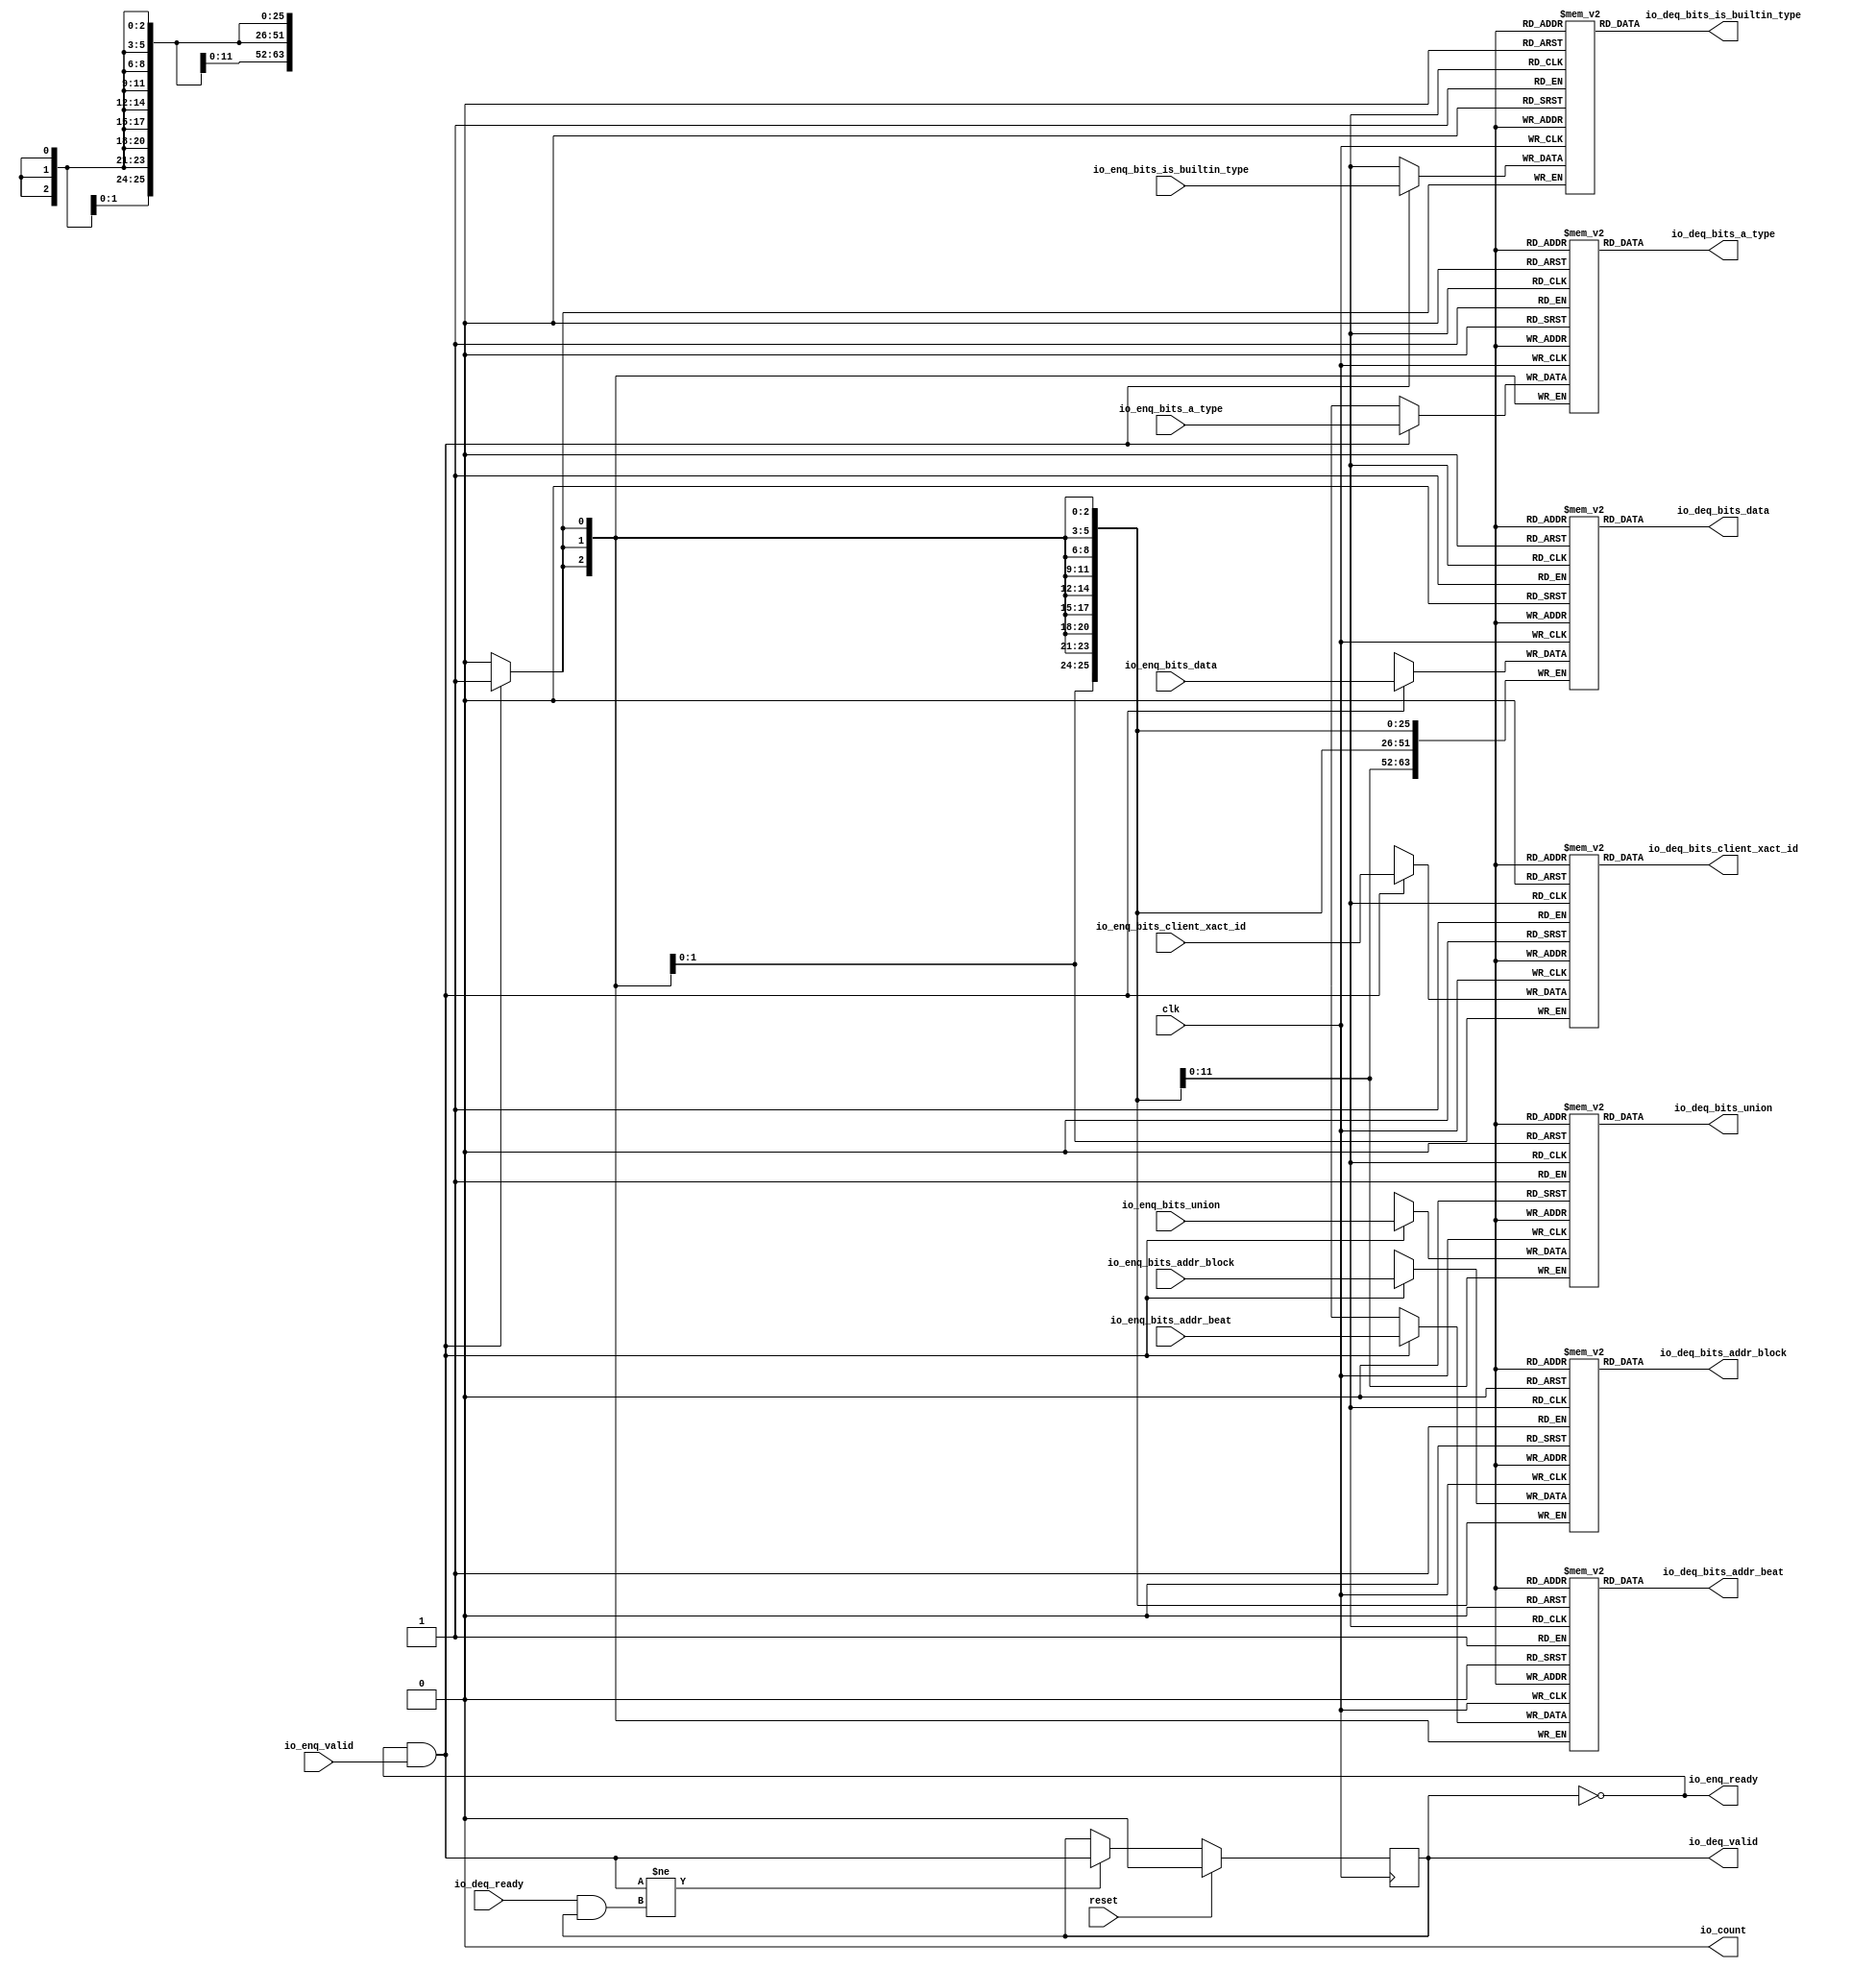
module PROC_SUBSYSTEM_CORERISCV_AXI4_0_CORERISCV_AXI4_QUEUE_8(
  input   clk,
  input   reset,
  output  io_enq_ready,
  input   io_enq_valid,
  input  [25:0] io_enq_bits_addr_block,
  input  [1:0] io_enq_bits_client_xact_id,
  input  [2:0] io_enq_bits_addr_beat,
  input   io_enq_bits_is_builtin_type,
  input  [2:0] io_enq_bits_a_type,
  input  [11:0] io_enq_bits_union,
  input  [63:0] io_enq_bits_data,
  input   io_deq_ready,
  output  io_deq_valid,
  output [25:0] io_deq_bits_addr_block,
  output [1:0] io_deq_bits_client_xact_id,
  output [2:0] io_deq_bits_addr_beat,
  output  io_deq_bits_is_builtin_type,
  output [2:0] io_deq_bits_a_type,
  output [11:0] io_deq_bits_union,
  output [63:0] io_deq_bits_data,
  output  io_count
);
  `ifdef USE_REGISTERS
    reg [25:0] ram_addr_block [0:0] /* synthesis syn_ramstyle = "registers" */;
  `else
    reg [25:0] ram_addr_block [0:0];
  `endif
  reg [31:0] GEN_0;
  wire [25:0] ram_addr_block_T_254_data;
  wire  ram_addr_block_T_254_addr;
  wire  ram_addr_block_T_254_en;
  wire [25:0] ram_addr_block_T_224_data;
  wire  ram_addr_block_T_224_addr;
  wire  ram_addr_block_T_224_mask;
  wire  ram_addr_block_T_224_en;
  `ifdef USE_REGISTERS
    reg [1:0] ram_client_xact_id [0:0] /* synthesis syn_ramstyle = "registers" */;
  `else
    reg [1:0] ram_client_xact_id [0:0];
  `endif
  reg [31:0] GEN_1;
  wire [1:0] ram_client_xact_id_T_254_data;
  wire  ram_client_xact_id_T_254_addr;
  wire  ram_client_xact_id_T_254_en;
  wire [1:0] ram_client_xact_id_T_224_data;
  wire  ram_client_xact_id_T_224_addr;
  wire  ram_client_xact_id_T_224_mask;
  wire  ram_client_xact_id_T_224_en;
  `ifdef USE_REGISTERS
    reg [2:0] ram_addr_beat [0:0] /* synthesis syn_ramstyle = "registers" */;
  `else
    reg [2:0] ram_addr_beat [0:0];
  `endif
  reg [31:0] GEN_2;
  wire [2:0] ram_addr_beat_T_254_data;
  wire  ram_addr_beat_T_254_addr;
  wire  ram_addr_beat_T_254_en;
  wire [2:0] ram_addr_beat_T_224_data;
  wire  ram_addr_beat_T_224_addr;
  wire  ram_addr_beat_T_224_mask;
  wire  ram_addr_beat_T_224_en;
  reg  ram_is_builtin_type [0:0];
  reg [31:0] GEN_3;
  wire  ram_is_builtin_type_T_254_data;
  wire  ram_is_builtin_type_T_254_addr;
  wire  ram_is_builtin_type_T_254_en;
  wire  ram_is_builtin_type_T_224_data;
  wire  ram_is_builtin_type_T_224_addr;
  wire  ram_is_builtin_type_T_224_mask;
  wire  ram_is_builtin_type_T_224_en;
  `ifdef USE_REGISTERS
    reg [2:0] ram_a_type [0:0] /* synthesis syn_ramstyle = "registers" */;
  `else
    reg [2:0] ram_a_type [0:0];
  `endif
  reg [31:0] GEN_4;
  wire [2:0] ram_a_type_T_254_data;
  wire  ram_a_type_T_254_addr;
  wire  ram_a_type_T_254_en;
  wire [2:0] ram_a_type_T_224_data;
  wire  ram_a_type_T_224_addr;
  wire  ram_a_type_T_224_mask;
  wire  ram_a_type_T_224_en;
  `ifdef USE_REGISTERS
    reg [11:0] ram_union [0:0] /* synthesis syn_ramstyle = "registers" */;
  `else
    reg [11:0] ram_union [0:0];
  `endif
  reg [31:0] GEN_5;
  wire [11:0] ram_union_T_254_data;
  wire  ram_union_T_254_addr;
  wire  ram_union_T_254_en;
  wire [11:0] ram_union_T_224_data;
  wire  ram_union_T_224_addr;
  wire  ram_union_T_224_mask;
  wire  ram_union_T_224_en;
  `ifdef USE_REGISTERS
    reg [63:0] ram_data [0:0] /* synthesis syn_ramstyle = "registers" */;
  `else
    reg [63:0] ram_data [0:0];
  `endif
  reg [63:0] GEN_6;
  wire [63:0] ram_data_T_254_data;
  wire  ram_data_T_254_addr;
  wire  ram_data_T_254_en;
  wire [63:0] ram_data_T_224_data;
  wire  ram_data_T_224_addr;
  wire  ram_data_T_224_mask;
  wire  ram_data_T_224_en;
  reg  maybe_full;
  reg [31:0] GEN_7;
  wire  T_221;
  wire  T_222;
  wire  do_enq;
  wire  T_223;
  wire  do_deq;
  wire  T_249;
  wire  GEN_17;
  wire  T_251;
  wire [1:0] T_277;
  wire  ptr_diff;
  wire [1:0] T_279;
  assign io_enq_ready = T_221;
  assign io_deq_valid = T_251;
  assign io_deq_bits_addr_block = ram_addr_block_T_254_data;
  assign io_deq_bits_client_xact_id = ram_client_xact_id_T_254_data;
  assign io_deq_bits_addr_beat = ram_addr_beat_T_254_data;
  assign io_deq_bits_is_builtin_type = ram_is_builtin_type_T_254_data;
  assign io_deq_bits_a_type = ram_a_type_T_254_data;
  assign io_deq_bits_union = ram_union_T_254_data;
  assign io_deq_bits_data = ram_data_T_254_data;
  assign io_count = T_279[0];
  assign ram_addr_block_T_254_addr = 1'h0;
  assign ram_addr_block_T_254_en = 1'h1;
  assign ram_addr_block_T_254_data = ram_addr_block[ram_addr_block_T_254_addr];
  assign ram_addr_block_T_224_data = io_enq_bits_addr_block;
  assign ram_addr_block_T_224_addr = 1'h0;
  assign ram_addr_block_T_224_mask = do_enq;
  assign ram_addr_block_T_224_en = do_enq;
  assign ram_client_xact_id_T_254_addr = 1'h0;
  assign ram_client_xact_id_T_254_en = 1'h1;
  assign ram_client_xact_id_T_254_data = ram_client_xact_id[ram_client_xact_id_T_254_addr];
  assign ram_client_xact_id_T_224_data = io_enq_bits_client_xact_id;
  assign ram_client_xact_id_T_224_addr = 1'h0;
  assign ram_client_xact_id_T_224_mask = do_enq;
  assign ram_client_xact_id_T_224_en = do_enq;
  assign ram_addr_beat_T_254_addr = 1'h0;
  assign ram_addr_beat_T_254_en = 1'h1;
  assign ram_addr_beat_T_254_data = ram_addr_beat[ram_addr_beat_T_254_addr];
  assign ram_addr_beat_T_224_data = io_enq_bits_addr_beat;
  assign ram_addr_beat_T_224_addr = 1'h0;
  assign ram_addr_beat_T_224_mask = do_enq;
  assign ram_addr_beat_T_224_en = do_enq;
  assign ram_is_builtin_type_T_254_addr = 1'h0;
  assign ram_is_builtin_type_T_254_en = 1'h1;
  assign ram_is_builtin_type_T_254_data = ram_is_builtin_type[ram_is_builtin_type_T_254_addr];
  assign ram_is_builtin_type_T_224_data = io_enq_bits_is_builtin_type;
  assign ram_is_builtin_type_T_224_addr = 1'h0;
  assign ram_is_builtin_type_T_224_mask = do_enq;
  assign ram_is_builtin_type_T_224_en = do_enq;
  assign ram_a_type_T_254_addr = 1'h0;
  assign ram_a_type_T_254_en = 1'h1;
  assign ram_a_type_T_254_data = ram_a_type[ram_a_type_T_254_addr];
  assign ram_a_type_T_224_data = io_enq_bits_a_type;
  assign ram_a_type_T_224_addr = 1'h0;
  assign ram_a_type_T_224_mask = do_enq;
  assign ram_a_type_T_224_en = do_enq;
  assign ram_union_T_254_addr = 1'h0;
  assign ram_union_T_254_en = 1'h1;
  assign ram_union_T_254_data = ram_union[ram_union_T_254_addr];
  assign ram_union_T_224_data = io_enq_bits_union;
  assign ram_union_T_224_addr = 1'h0;
  assign ram_union_T_224_mask = do_enq;
  assign ram_union_T_224_en = do_enq;
  assign ram_data_T_254_addr = 1'h0;
  assign ram_data_T_254_en = 1'h1;
  assign ram_data_T_254_data = ram_data[ram_data_T_254_addr];
  assign ram_data_T_224_data = io_enq_bits_data;
  assign ram_data_T_224_addr = 1'h0;
  assign ram_data_T_224_mask = do_enq;
  assign ram_data_T_224_en = do_enq;
  assign T_221 = maybe_full == 1'h0;
  assign T_222 = io_enq_ready & io_enq_valid;
  assign do_enq = T_222;
  assign T_223 = io_deq_ready & io_deq_valid;
  assign do_deq = T_223;
  assign T_249 = do_enq != do_deq;
  assign GEN_17 = T_249 ? do_enq : maybe_full;
  assign T_251 = T_221 == 1'h0;
  assign T_277 = 1'h0 - 1'h0;
  assign ptr_diff = T_277[0:0];
  assign T_279 = {maybe_full,ptr_diff};
`ifdef RANDOMIZE
  integer initvar;
  initial begin
    `ifndef verilator
      #0.002;
    `endif
  GEN_0 = {1{$random}};
  `ifdef RANDOMIZE
  for (initvar = 0; initvar < 1; initvar = initvar+1)
    ram_addr_block[initvar] = GEN_0[25:0];
  `endif
  GEN_1 = {1{$random}};
  `ifdef RANDOMIZE
  for (initvar = 0; initvar < 1; initvar = initvar+1)
    ram_client_xact_id[initvar] = GEN_1[1:0];
  `endif
  GEN_2 = {1{$random}};
  `ifdef RANDOMIZE
  for (initvar = 0; initvar < 1; initvar = initvar+1)
    ram_addr_beat[initvar] = GEN_2[2:0];
  `endif
  GEN_3 = {1{$random}};
  `ifdef RANDOMIZE
  for (initvar = 0; initvar < 1; initvar = initvar+1)
    ram_is_builtin_type[initvar] = GEN_3[0:0];
  `endif
  GEN_4 = {1{$random}};
  `ifdef RANDOMIZE
  for (initvar = 0; initvar < 1; initvar = initvar+1)
    ram_a_type[initvar] = GEN_4[2:0];
  `endif
  GEN_5 = {1{$random}};
  `ifdef RANDOMIZE
  for (initvar = 0; initvar < 1; initvar = initvar+1)
    ram_union[initvar] = GEN_5[11:0];
  `endif
  GEN_6 = {2{$random}};
  `ifdef RANDOMIZE
  for (initvar = 0; initvar < 1; initvar = initvar+1)
    ram_data[initvar] = GEN_6[63:0];
  `endif
  `ifdef RANDOMIZE
  GEN_7 = {1{$random}};
  maybe_full = GEN_7[0:0];
  `endif
  end
`endif
  always @(posedge clk) begin
    if(ram_addr_block_T_224_en & ram_addr_block_T_224_mask) begin
      ram_addr_block[ram_addr_block_T_224_addr] <= ram_addr_block_T_224_data;
    end
    if(ram_client_xact_id_T_224_en & ram_client_xact_id_T_224_mask) begin
      ram_client_xact_id[ram_client_xact_id_T_224_addr] <= ram_client_xact_id_T_224_data;
    end
    if(ram_addr_beat_T_224_en & ram_addr_beat_T_224_mask) begin
      ram_addr_beat[ram_addr_beat_T_224_addr] <= ram_addr_beat_T_224_data;
    end
    if(ram_is_builtin_type_T_224_en & ram_is_builtin_type_T_224_mask) begin
      ram_is_builtin_type[ram_is_builtin_type_T_224_addr] <= ram_is_builtin_type_T_224_data;
    end
    if(ram_a_type_T_224_en & ram_a_type_T_224_mask) begin
      ram_a_type[ram_a_type_T_224_addr] <= ram_a_type_T_224_data;
    end
    if(ram_union_T_224_en & ram_union_T_224_mask) begin
      ram_union[ram_union_T_224_addr] <= ram_union_T_224_data;
    end
    if(ram_data_T_224_en & ram_data_T_224_mask) begin
      ram_data[ram_data_T_224_addr] <= ram_data_T_224_data;
    end
    if(reset) begin
      maybe_full <= 1'h0;
    end else begin
      if(T_249) begin
        maybe_full <= do_enq;
      end
    end
  end
endmodule